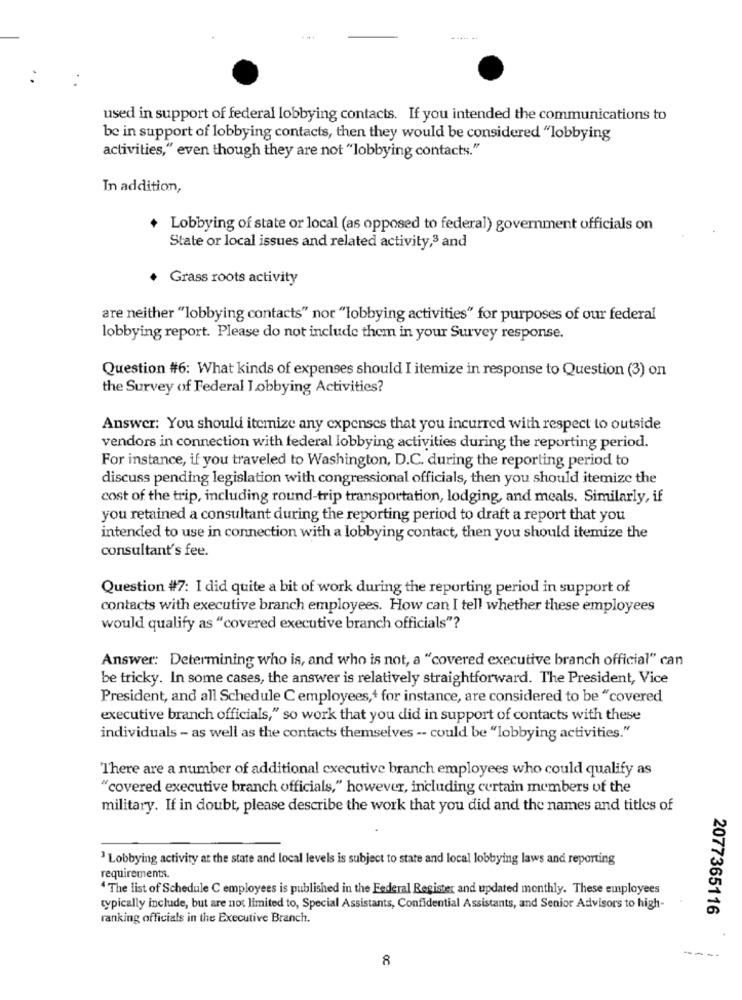
used in support of federal lobbying contacts. If you intended the communications to
be in support of lobbying contacts, then they would be considered "lobbying
activities," even though they are not "lobbying contacts."
In addition,
+ Lobbying of state or local (as opposed to federal) government officials on
State or local issues and related activity,8 and
. Grass roots activity
are neither "lobbying contacts" nor "lobbying activities" for purposes of our federal
lobbying report. Please do not include them in your Survey response.
Question #6: What kinds of expenses should I itemize in response to Question (3) on
the Survey of Federal Lobbying Activities?
Answer: You should itemize any expenses that you incurred with respect to outside
vendors in connection with federal lobbying activities during the reporting period.
For instance, if you traveled to Washington, D.C. during the reporting period to
discuss pending legislation with congressional officials, then you should itemize the
cost of the trip, including round-trip transportation, lodging, and meals. Similarly, if
you retained a consultant during the reporting period to draft a report that you
intended to use in connection with a lobbying contact, then you should itemize the
consultant's fee.
Question #7: I did quite a bit of work during the reporting period in support of
contacts with executive branch employees. How can I tell whether these employees
would qualify as "covered executive branch officials"?
Answer: Determining who is, and who is not, a "covered executive branch official" can
be tricky. In some cases, the answer is relatively straightforward. The President, Vice
President, and all Schedule C employees,+ for instance, are considered to be "covered
executive branch officials," so work that you did in support of contacts with these
individuals - as well as the contacts themselves -- could be "lobbying activities."
There are a number of additional executive branch employees who could qualify as
"covered executive branch officials," however, including certain members of the
military. If in doubt, please describe the work that you did and the names and titles of
'Lobbying activity at the state and local levels is subject to state and local lobbying laws and reporting
requirements.
The list of Schedule C employees is published in the Federal Register and updated monthly. These employees
typically include, but are not limited to, Special Assistants, Confidential Assistants, and Senior Advisors to high-
2077365116
ranking officials in the Executive Branch.
8
----